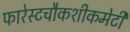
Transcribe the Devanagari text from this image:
फारेस्टचौकशीकमेटी